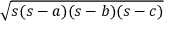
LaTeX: { \sqrt { s ( s - a ) ( s - b ) ( s - c ) } } \,